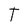
Character: T